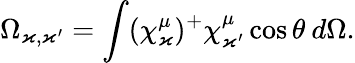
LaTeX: \Omega_{\varkappa,\varkappa^{\prime}}=\int(\chi_{\varkappa}^{\mu})^{+}\chi_{\varkappa^{\prime}}^{\mu}\cos\theta\: d\Omega.